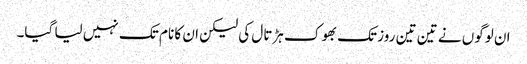
ان لوگوں نے تین تین روز تک بھوک ہڑتال کی لیکن ان کا نام تک نہیں لیا گیا۔